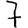
Digit: 7